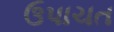
ઉપાચત